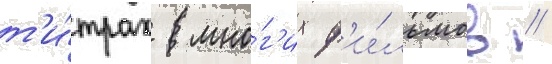
т'и́трах мно́г'их ф'и́льмов //